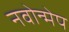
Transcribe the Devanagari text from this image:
नवोन्मेप